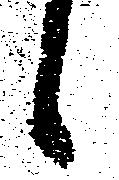
候